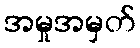
အမှုအမှတ်